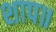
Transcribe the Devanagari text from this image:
शाप॥